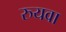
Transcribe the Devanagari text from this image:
रुयवा